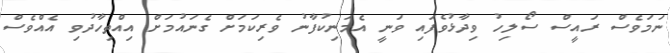
ނަމަވެސް ރައީސް ސޯލިހު ވިދާޅުވެފައި ވަނީ އެމަނިކުފާނު ވެރިކަމަށް ގެނައުމަށް އިއްތިހާދުވި އެއްވެސް